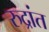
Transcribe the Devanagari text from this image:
रुद्रांत